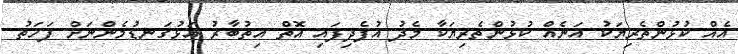
އެއް ކުޅުންތެރިޔަކު އަނެއް ކުޅުންތެރިޔަކާ މެދު އުފެދިފައި އޮތް އިތުބާރު އަޅުގަނޑުމެންނަށް ފަހަތު